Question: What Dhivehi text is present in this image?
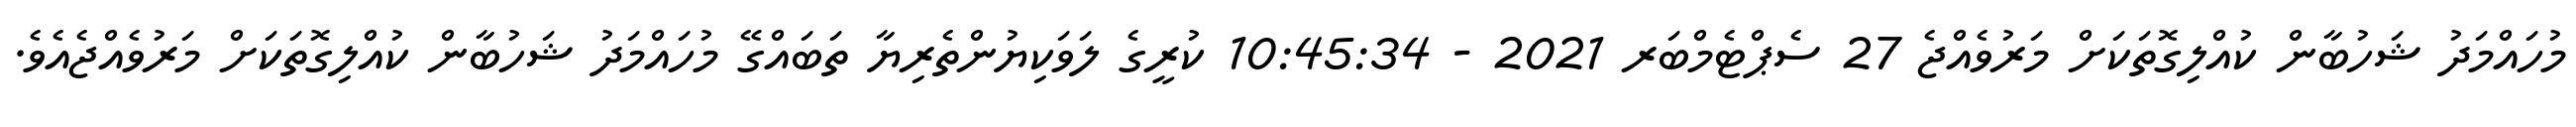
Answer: މުހައްމަދު ޝަހުބާން ކުއްލިގޮތަކަށް މަރުވެއްޖެ 27 ސެޕްޓެމްބަރ 2021 - 10:45:34 ކުރީގެ ލަވަކިޔުންތެރިޔާ ތަބައްގޭ މުހައްމަދު ޝަހުބާން ކުއްލިގޮތަކަށް މަރުވެއްޖެއެވެ.